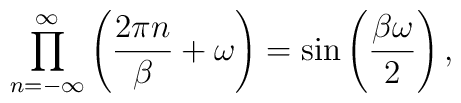
\prod_{n=-\infty}^\infty\left( \frac{2\pi n}{\beta}+\omega\right)=\sin\left( \frac{\beta\omega}{2}\right),